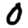
Digit: 0